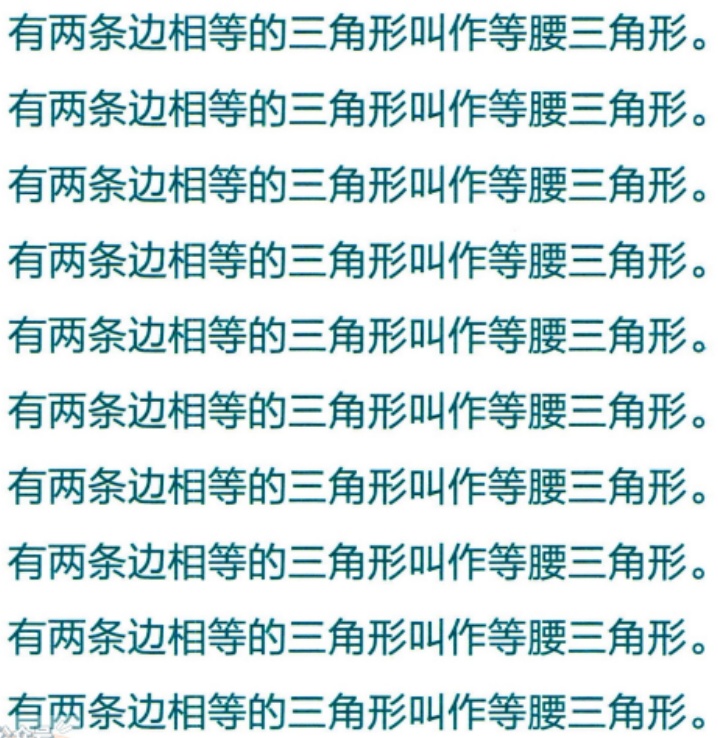
有两条边相等的三角形叫作等腰三角形。
有两条边相等的三角形叫作等腰三角形。
有两条边相等的三角形叫作等腰三角形。
有两条边相等的三角形叫作等腰三角形。
有两条边相等的三角形叫作等腰三角形。
有两条边相等的三角形叫作等腰三角形。
有两条边相等的三角形叫作等腰三角形。
有两条边相等的三角形叫作等腰三角形。
有两条边相等的三角形叫作等腰三角形。
有两条边相等的三角形叫作等腰三角形。
有两条边相等的三角形叫作等腰三角形。